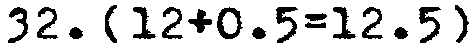
32. [12+0.5=12.5]